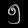
Digit: ၅